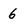
Character: 6